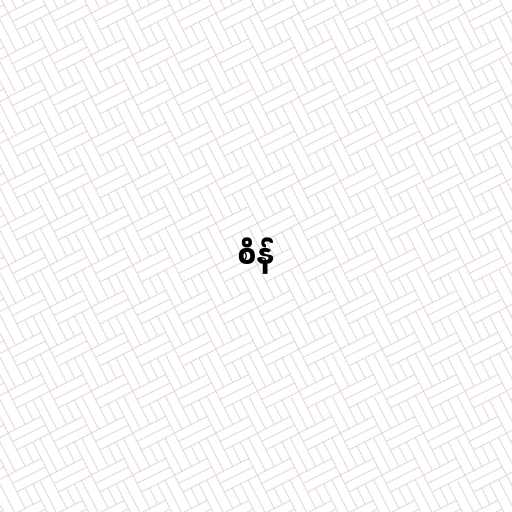
စိန်